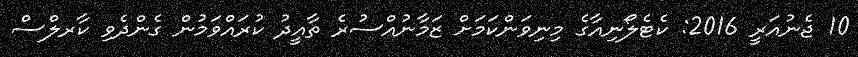
10 ޖެނުއަރީ 2016: ކެޓެލޯނިއާގެ މިނިވަންކަމަށް ޒަމާނުއްސުރެ ތާއީދު ކުރައްވަމުން ގެންދެވި ކާރލްސް